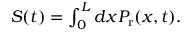
\begin{array} { r } { S ( t ) = \int _ { 0 } ^ { L } d x P _ { \mathrm { r } } ( x , t ) . } \end{array}